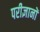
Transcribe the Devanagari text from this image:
परीज्ञानों